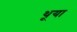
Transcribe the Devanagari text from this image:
थूया